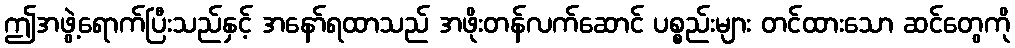
ဤအဖွဲ့ရောက်ပြီးသည်နှင့် အနော်ရထာသည် အဖိုးတန်လက်ဆောင် ပစ္စည်းများ တင်ထားသော ဆင်တွေကို